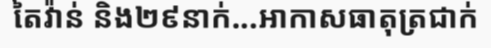
តៃវ៉ាន់ និង២៩នាក់...អាកាសធាតុត្រជាក់